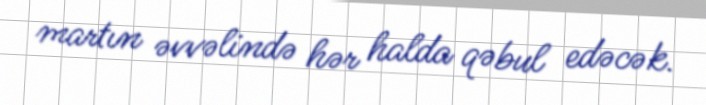
martın əvvəlində hər halda qəbul edəcək.